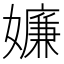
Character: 嬚